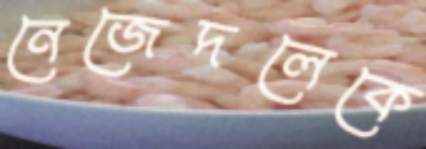
নেজেদলেকে